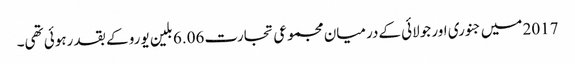
2017 میں جنوری اور جولائی کےدرمیان مجموعی تجارت 6.06 بلین یورو کے بقد رہوئی تھی۔